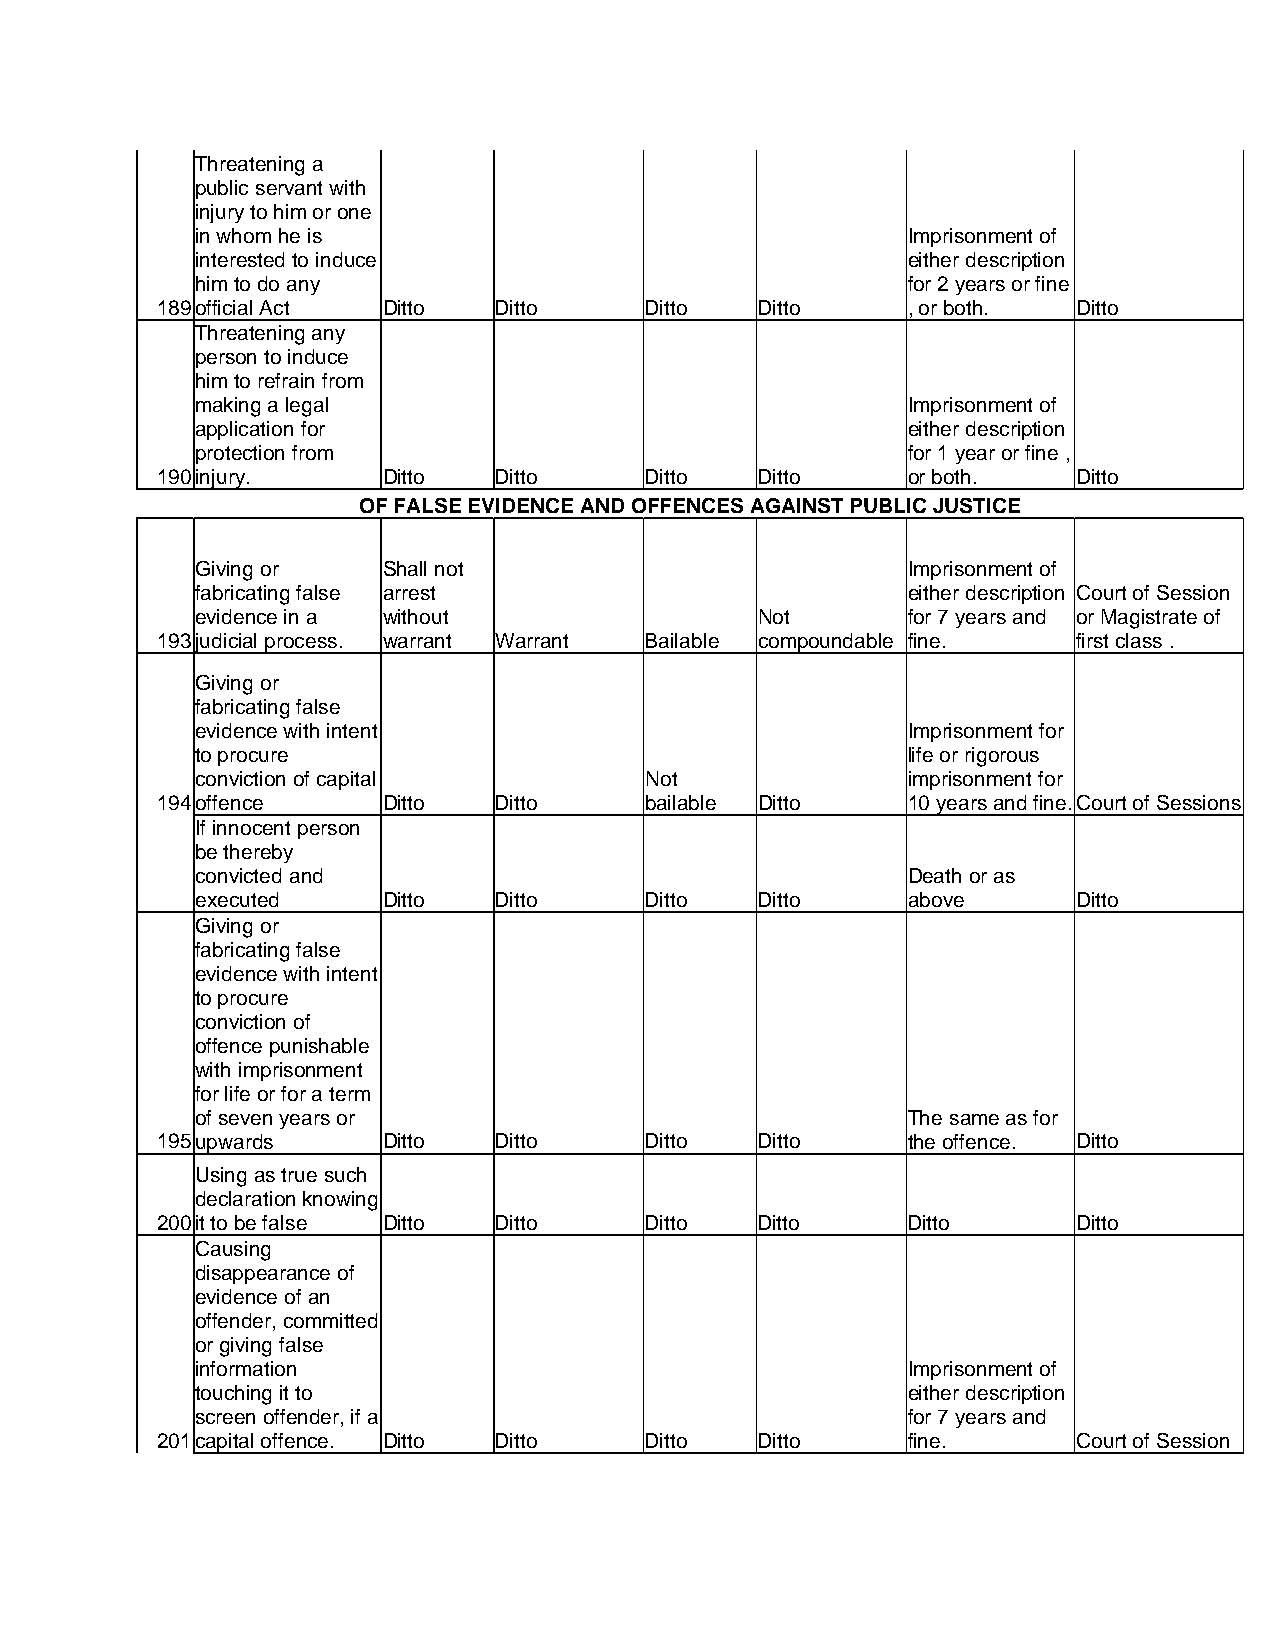
Threatening a
 public servant with
 injury to him or one
 in whom he is                                  Imprisonment of
 interested to induce                           either description
 him to do any                                  for 2 years or fine
 189 official Act Ditto Ditto     Ditto  Ditto     , or both. Ditto
 Threatening any
 person to induce
 him to refrain from
 making a legal                                 Imprisonment of
 application for                                either description
 protection from                                for 1 year or fine ,
 190 injury.    Ditto   Ditto     Ditto  Ditto     or both.   Ditto
 OF FALSE EVIDENCE AND OFFENCES AGAINST PUBLIC JUSTICE
 Giving or   Shall not                          Imprisonment of
 fabricating false arrest                       either description Court of Session
 evidence in a without                Not       for 7 years and or Magistrate of
 193 judicial process. warrant Warrant Bailable compoundable fine. first class .
 Giving or
 fabricating false
 evidence with intent                           Imprisonment for
 to procure                                     life or rigorous
 conviction of capital         Not              imprisonment for
 194 offence    Ditto   Ditto     bailable Ditto   10 years and fine.Court of Sessions
 If innocent person
 be thereby
 convicted and                                  Death or as
 executed    Ditto   Ditto     Ditto  Ditto     above      Ditto
 Giving or
 fabricating false
 evidence with intent
 to procure
 conviction of
 offence punishable
 with imprisonment
 for life or for a term
 of seven years or                              The same as for
 195 upwards    Ditto   Ditto     Ditto  Ditto     the offence. Ditto
 Using as true such
 declaration knowing
 200 it to be false Ditto Ditto   Ditto  Ditto     Ditto      Ditto
 Causing
 disappearance of
 evidence of an
 offender, committed
 or giving false
 information                                    Imprisonment of
 touching it to                                 either description
 screen offender, if a                          for 7 years and
 201 capital offence. Ditto Ditto Ditto  Ditto     fine.      Court of Session